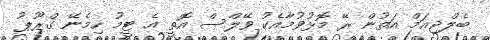
ބެލްޖިއަމް އަތުން ރޭ މޮޅުވުމާއެކު ވޭލްސް އޮތީ އެ ޓީމު ހިމެނޭ ގްރޫޕު